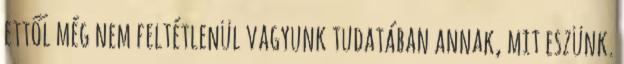
ettől még nem feltétlenül vagyunk tudatában annak, mit eszünk.